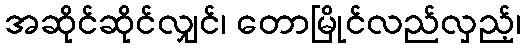
အဆိုင်ဆိုင်လျှင်၊ တောမြိုင်လည်လှည့်၊